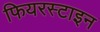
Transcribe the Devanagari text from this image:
फियरस्टाइन